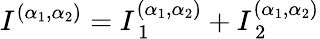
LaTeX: I^{(\alpha_{1},\alpha_{2})}=I_{\mathrm{~1~}}^{(\alpha_{1},\alpha_{2})}+I_{\mathrm{~2~}}^{(\alpha_{1},\alpha_{2})}